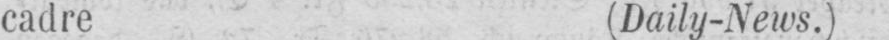
cadre (Daily-News.)